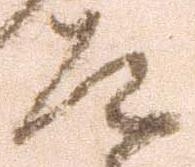
道